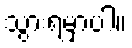
သွားရမှာပါ။